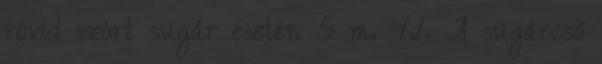
rövid szórt sugár esetén 5 m. 4.1. A sugárcsõ